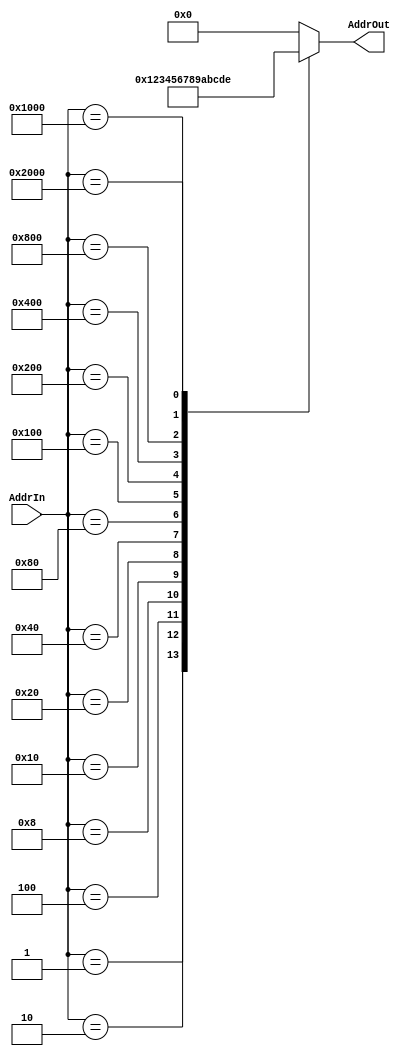
`timescale 1ns / 1ps
//////////////////////////////////////////////////////////////////////////////////
// Company: 
// Engineer: 
// 
// Design Name: 
// Module Name: AddressEncoder
// Project Name: 
// Target Devices: 
// Tool Versions: 
// Description: 
// 
// Dependencies: 
// 
// Revision:
// Revision 0.01 - File Created
// Additional Comments:
// 
//////////////////////////////////////////////////////////////////////////////////


module AddressEncoder(AddrIn, AddrOut);

    input [14:0] AddrIn;
    output reg [3:0] AddrOut;
    
    always@(*) begin
        case(AddrIn)  // case   AddrOut 
            15'b100_0000_0000_0000: AddrOut = 4'd0;
            15'b000_0000_0000_0001: AddrOut = 4'd1;
            15'b000_0000_0000_0010: AddrOut = 4'd2;
            15'b000_0000_0000_0100: AddrOut = 4'd3;
            15'b000_0000_0000_1000: AddrOut = 4'd4;
            15'b000_0000_0001_0000: AddrOut = 4'd5;
            15'b000_0000_0010_0000: AddrOut = 4'd6;
            15'b000_0000_0100_0000: AddrOut = 4'd7;
            15'b000_0000_1000_0000: AddrOut = 4'd8;
            15'b000_0001_0000_0000: AddrOut = 4'd9;
            15'b000_0010_0000_0000: AddrOut = 4'd10;
            15'b000_0100_0000_0000: AddrOut = 4'd11;
            15'b000_1000_0000_0000: AddrOut = 4'd12;
            15'b001_0000_0000_0000: AddrOut = 4'd13;
            15'b010_0000_0000_0000: AddrOut = 4'd14;
            default: AddrOut = 4'd0; // AddrIn     default 
         endcase
    end
endmodule